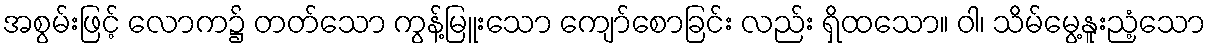
အစွမ်းဖြင့် လောက၌ တတ်သော ကွန့်မြူးသော ကျော်စောခြင်း လည်း ရှိထသော။ ဝါ၊ သိမ်မွေ့နူးညံ့သော